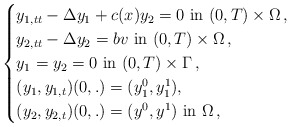
\begin{align*}\begin{cases}y_{1,tt} - \Delta y_1 +c(x) y_2 =0 \mbox{ in } (0,T) \times \Omega \,,\\y_{2,tt} - \Delta y_2 =b v \mbox{ in } (0,T) \times \Omega \,,\\y_1=y_2=0 \mbox{ in } (0,T) \times \Gamma \,,\\(y_1, y_{1,t})(0,.)=(y_1^0, y_1^1) ,\\(y_2, y_{2,t})(0,.)=(y^0, y^1) \mbox{ in } \Omega\,,\end{cases}\end{align*}